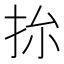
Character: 㧠